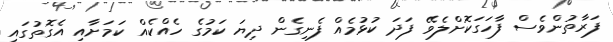
ފަރާތުންވެސް ފާހަގަކޮށްލެވޭ ފަދަ ކުޅުމެއް ފެނިގެން ދިޔަ ކަމުގެ ހެއްކެއް ކަމަށާއި އެގޮތުގައި